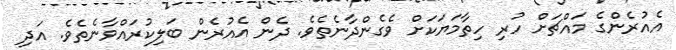
އެއުރެންގެ މައްޗަށް ހުރި ހިތާމަޔަކަށް ވެގެންދާނެތެވެ. ދެން އެއުރެން ބަލިކުރައްވާނެތެވެ. އަދި